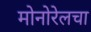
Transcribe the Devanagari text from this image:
मोनोरेलचा